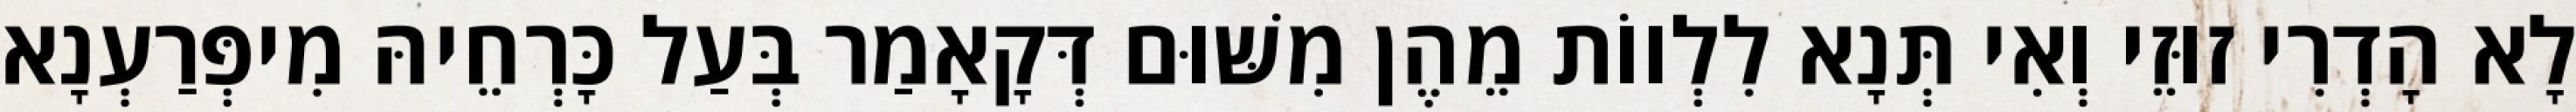
לָא הָדְרִי זוּזֵי וְאִי תְּנָא לִלְווֹת מֵהֶן מִשּׁוּם דְּקָאָמַר בְּעַל כָּרְחֵיהּ מִיפְּרַעְנָא